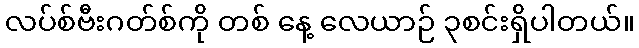
လပ်စ်ဗီးဂတ်စ်ကို တစ် နေ့ လေယာဉ် ၃စင်းရှိပါတယ်။